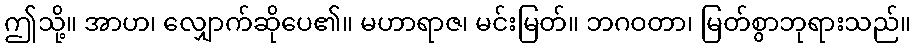
ဤသို့။ အာဟ၊ လျှောက်ဆိုပေ၏။ မဟာရာဇ၊ မင်းမြတ်။ ဘဂဝတာ၊ မြတ်စွာဘုရားသည်။